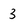
Character: 3